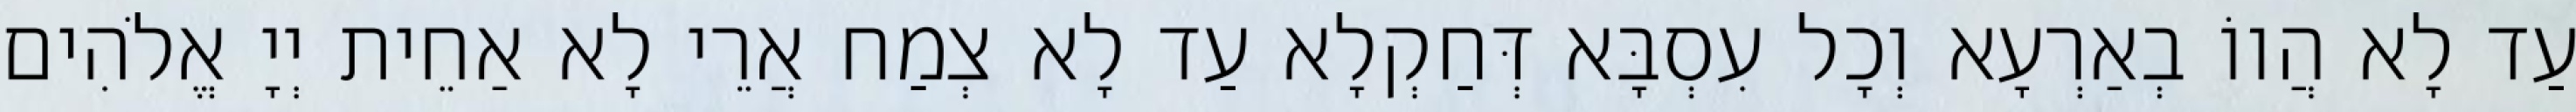
עַד לָא הֲווֹ בְאַרְעָא וְכָל עִסְבָּא דְּחַקְלָא עַד לָא צְמַח אֲרֵי לָא אַחֵית יְיָ אֱלֹהִים